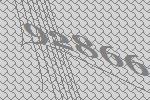
92866